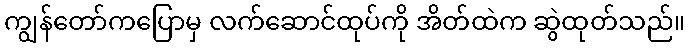
ကျွန်တော်ကပြောမှ လက်ဆောင်ထုပ်ကို အိတ်ထဲက ဆွဲထုတ်သည်။